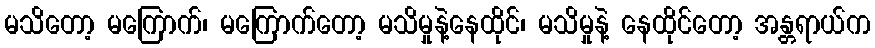
မသိတော့ မကြောက်၊ မကြောက်တော့ မသိမှုနဲ့နေထိုင်၊ မသိမှုနဲ့ နေထိုင်တော့ အန္တရာယ်က